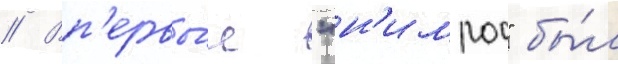
// Вп'ервы́е "н'имрод" бы́л